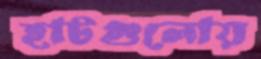
হাটগুলোয়